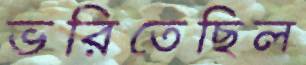
ভরিতেছিল